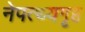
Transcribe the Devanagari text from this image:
नेपत्थ्यगृह